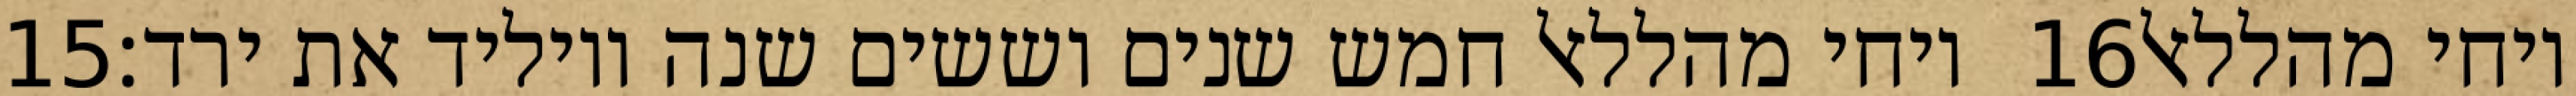
‎15‏ ויחי מהללאל חמש שנים וששים שנה ויוליד את ירד׃ ‎16‏ ויחי מהללאל